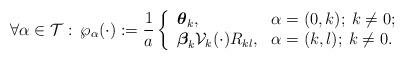
LaTeX: \begin{align*}\forall\alpha\in\mathcal{T}:\:\wp_\alpha(\cdot):=\frac{1}{a}\left\{\begin{array}{ll}\boldsymbol{\theta}_k, & \hbox{$\alpha=(0,k);\: k\neq 0;$} \\\boldsymbol{\beta}_k \mathcal{V}_k(\cdot) R_{kl}, & \hbox{$\alpha=(k,l);\: k\neq 0.$} \end{array}\right.\end{align*}